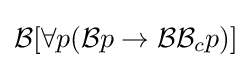
{\mathcal {B}}[\forall p({\mathcal {B}}p\to {\mathcal {B}}{\mathcal {B}}_{c}p)]